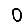
Digit: 0